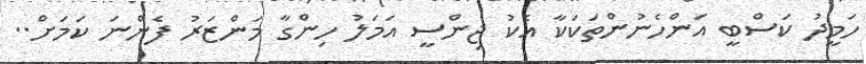
ހަމީދު ކަސްބީ އަންހެނުންތަކަކާ އެކު ޖިންސީ އަމަލު ހިންގާ މަންޒަރު ފެންނަ ކަމަށް..